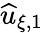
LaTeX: \widehat{u}_{\xi,1}